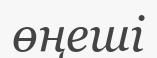
өңеші